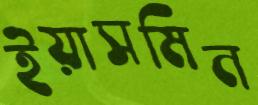
ইয়াসমিন